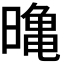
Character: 𭧛